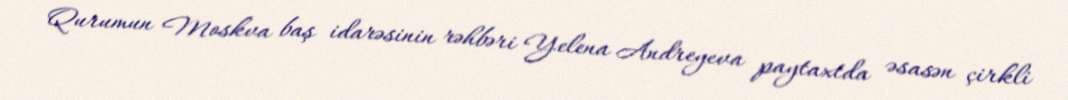
Qurumun Moskva baş idarəsinin rəhbəri Yelena Andreyeva paytaxtda əsasən çirkli